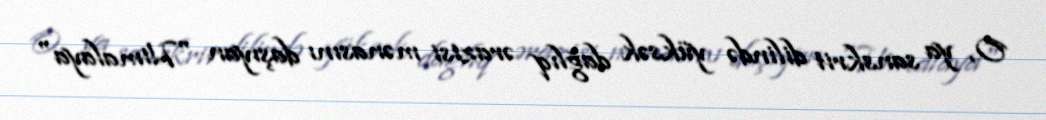
O, ya sanskrit dilində yüksək dağlıq ərazisi mənasını daşıyan "Himalaya"